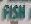
fish